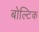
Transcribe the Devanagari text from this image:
बोल्टिक